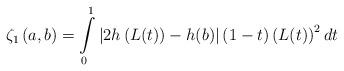
LaTeX: \begin{align*}\zeta _{1}\left( a,b\right) =\int\limits_{0}^{1}\left\vert 2h\left(L(t)\right) -h(b)\right\vert \left( 1-t\right) \left( L(t)\right) ^{2}dt\end{align*}